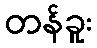
တန်ခူး